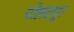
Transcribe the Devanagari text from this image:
पोलदपूर